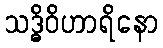
သဒ္ဓိဝိဟာရိနော